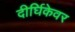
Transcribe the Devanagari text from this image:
दीर्घिकेवर